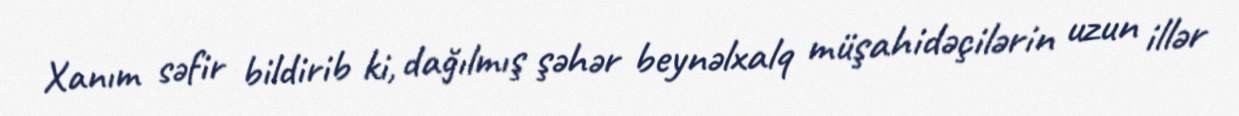
Xanım səfir bildirib ki, dağılmış şəhər beynəlxalq müşahidəçilərin uzun illər